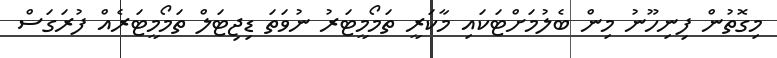
މިގޮތުން ފިނިހޫނު މިން ބެލުމަށްޓަކައި މާކަރީ ތަމޯމީޓަރު ނުވަތަ ޑިޖިޓަލް ތަމޯމީޓަރެއް ފުރަގަސް